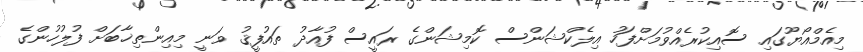
މިއެމްއޯޔޫގައި ސޮއިކުރެއްވުމަށްފަހު އިލެކްޝަންސް ކޮމިޝަންގެ ރައީސް ފުއާދު ތައުފީޤު ވަނީ މިއިންތިޚާބަށް ފުލުހުންގެ